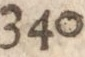
340